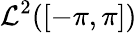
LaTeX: \mathcal{L}^{2}([-\pi,\pi])